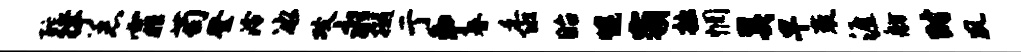
酡律恙霏苟登泠冰攻永樾亍争春黍眙幌霸拙惘奚早袤涯舫时夙